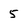
Character: 5